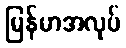
မြန်မာအလုပ်